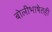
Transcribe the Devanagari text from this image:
बोलीभाषेतही